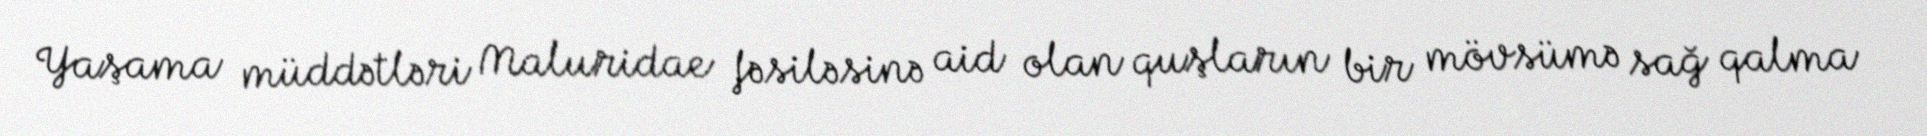
Yaşama müddətləri Maluridae fəsiləsinə aid olan quşların bir mövsümə sağ qalma